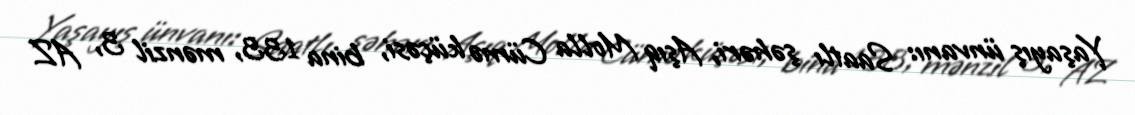
Yaşayış ünvanı: Saatlı şəhəri, Aşıq Molla Cümə küçəsi, bina 133, mənzil 3, AZ